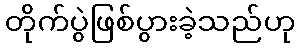
တိုက်ပွဲဖြစ်ပွားခဲ့သည်ဟု